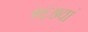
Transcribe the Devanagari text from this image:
५६७वां